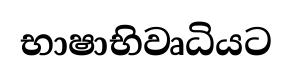
භාෂාභිවෘධියට